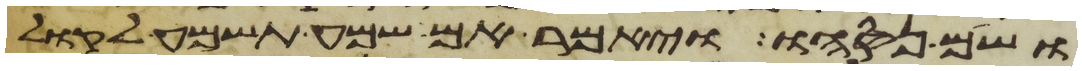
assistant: ושם נסהו ויאמר אם שמע תשמע לקול